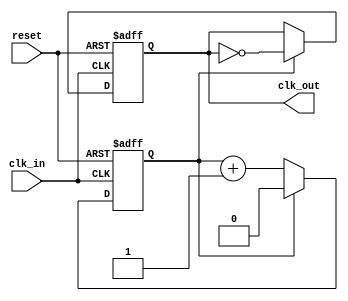
module clock_divider #(
    parameter DIV_FACTOR = 2  // Set default division factor to 2
) (
    input wire clk_in,         // Input clock signal
    input wire reset,          // Asynchronous active-high reset signal
    output reg clk_out         // Divided clock output signal
);

    // Internal counter
    reg [$clog2(DIV_FACTOR)-1:0] counter; // Counter width based on DIV_FACTOR

    // Ensure DIV_FACTOR is greater than zero
    initial begin
        if (DIV_FACTOR <= 0) begin
            $error("DIV_FACTOR must be greater than zero.");
            $finish;
        end
    end

    // Behavioral process
    always @(posedge clk_in or posedge reset) begin
        if (reset) begin
            counter <= 0;      // Reset counter
            clk_out <= 0;      // Initialize clk_out to low
        end else begin
            if (counter == DIV_FACTOR - 1) begin
                clk_out <= ~clk_out; // Toggle clk_out
                counter <= 0;         // Reset counter
            end else begin
                counter <= counter + 1; // Increment counter
            end
        end
    end

endmodule